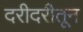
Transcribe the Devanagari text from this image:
दरीदरीतून